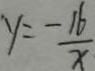
y = \frac { - 1 6 } { x }